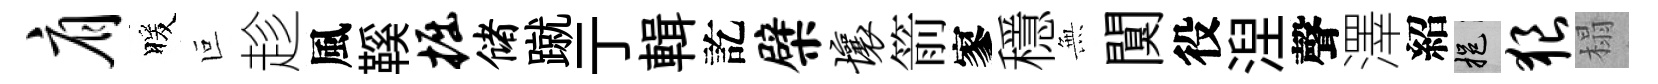
肩暖叵趁風鞵掘储蹴亍輯訖檗壤箭寥穩𭴾闃役湼聲澤紹挹狼榻